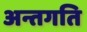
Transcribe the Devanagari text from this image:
अन्तगति